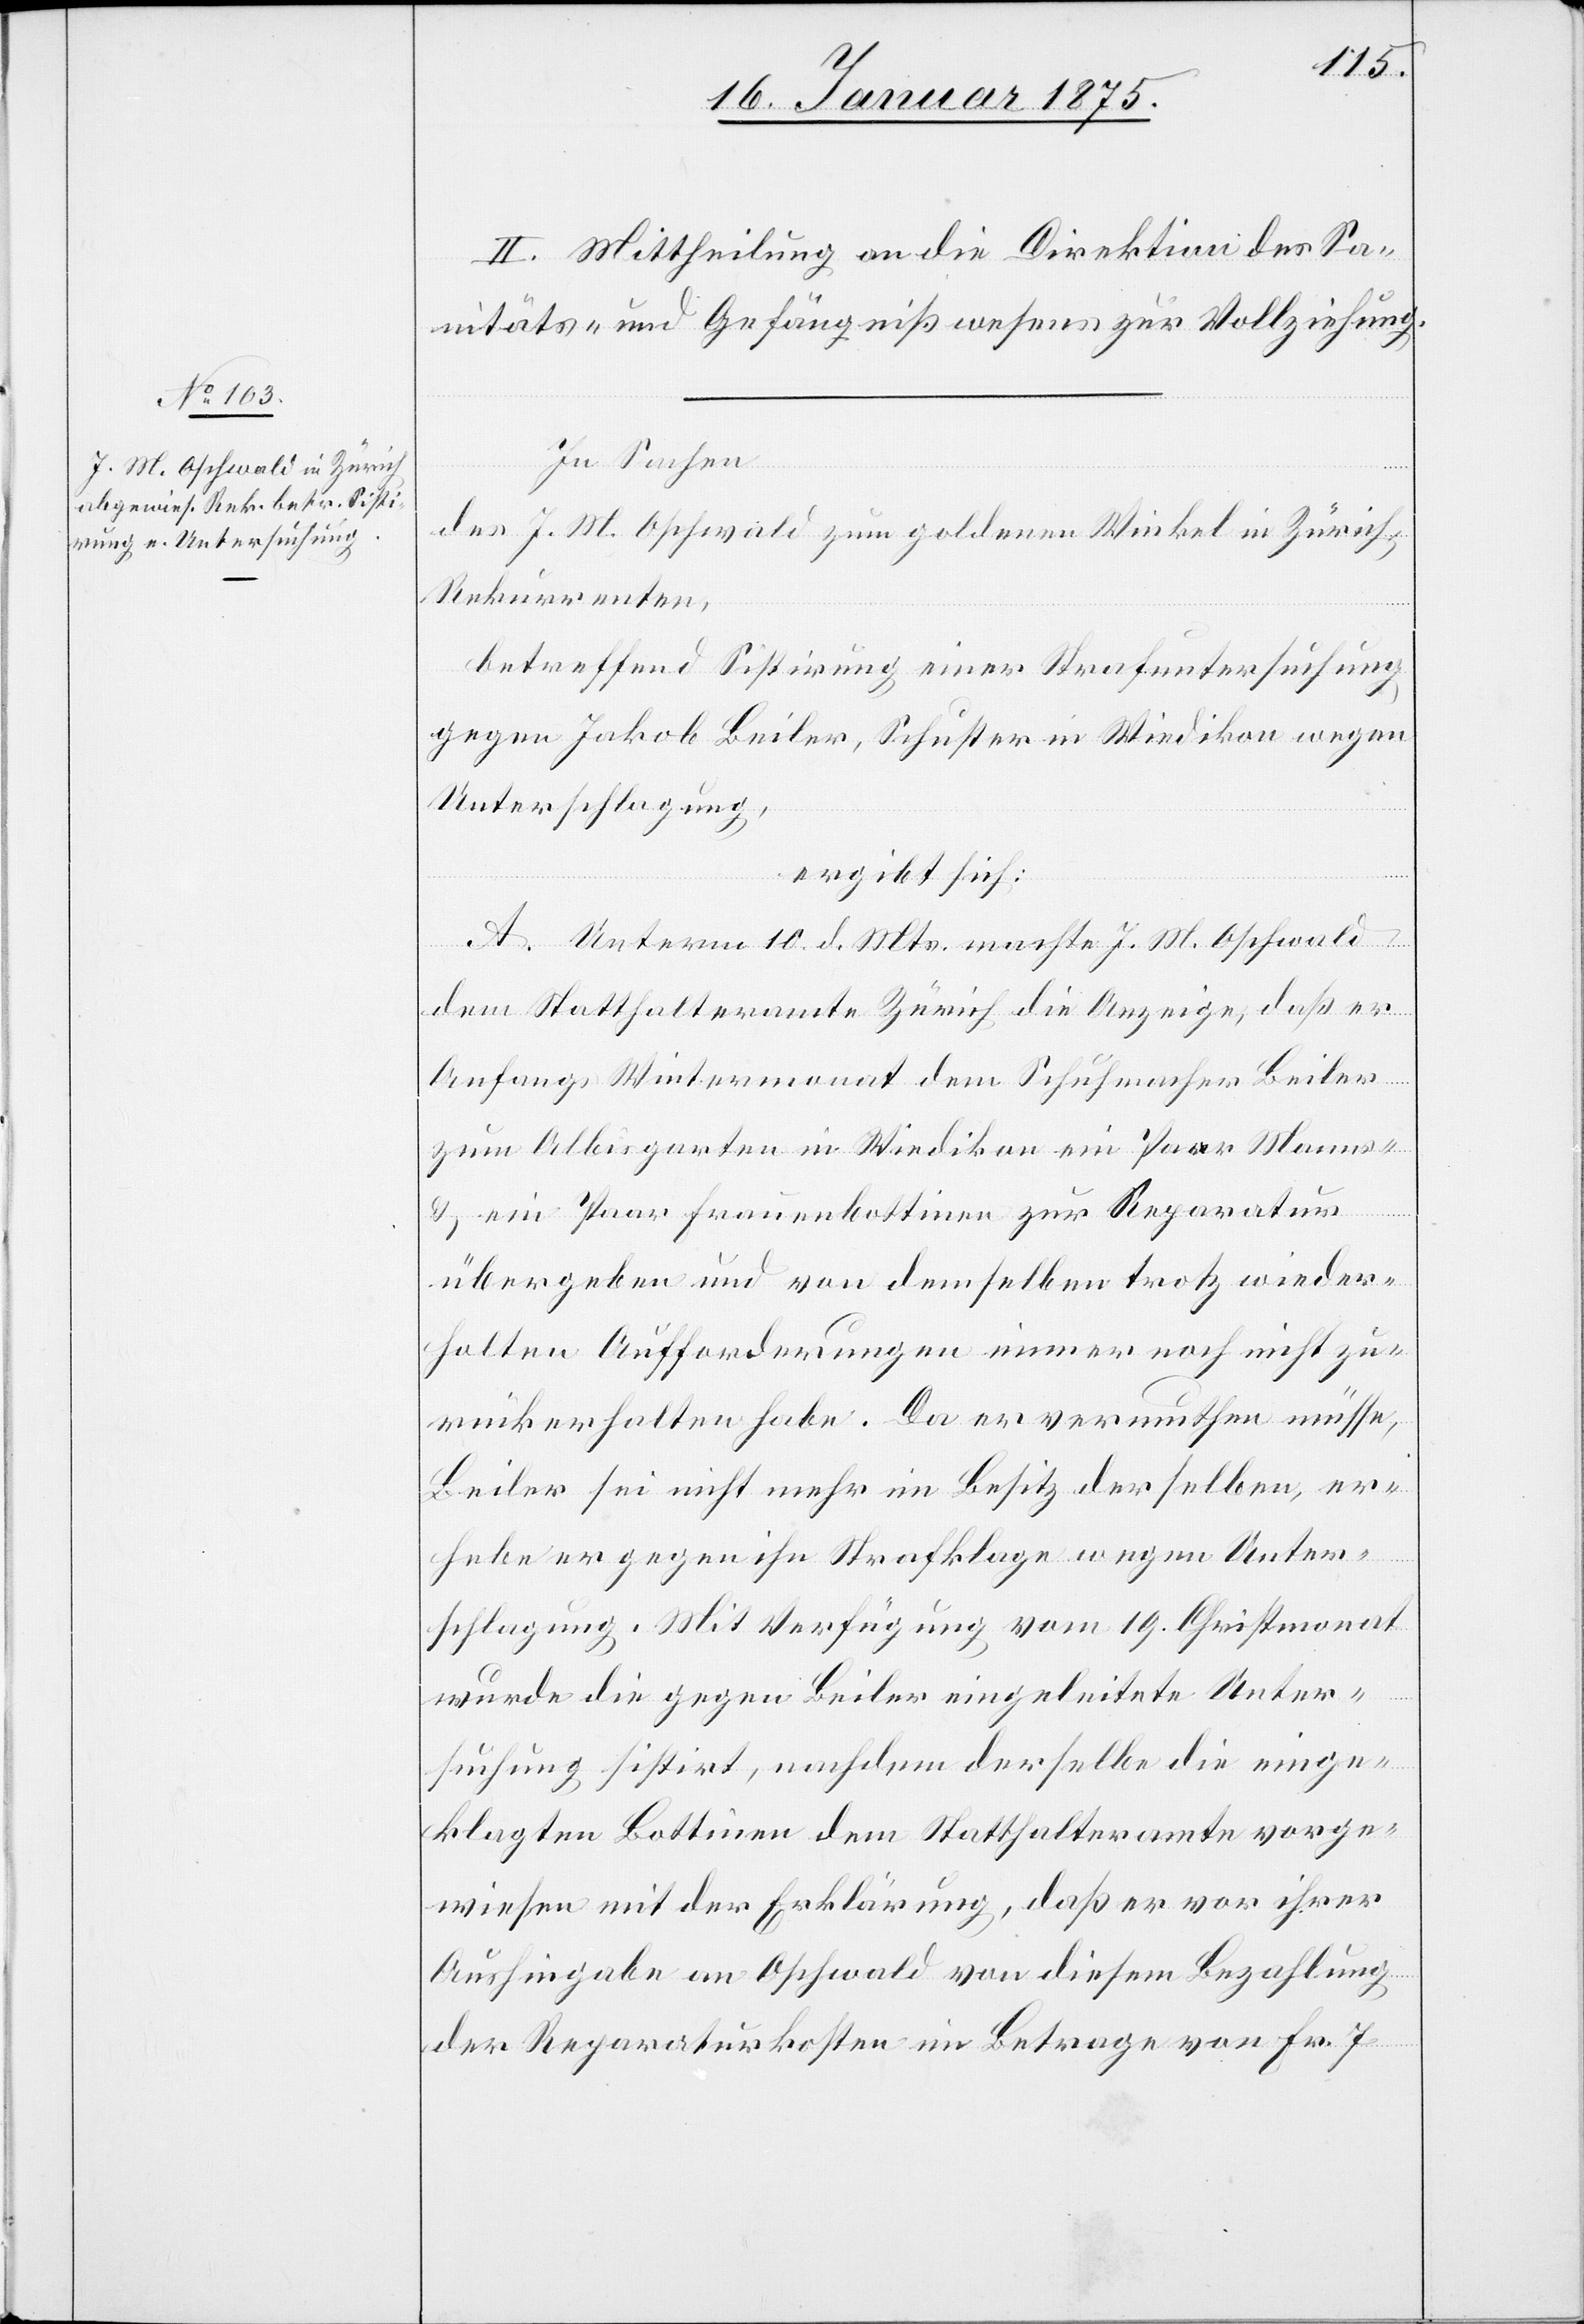
II. Mittheilung an die Direktion des Sa¬
nitäts- und Gefängnißwesens zur Vollziehung.
In Sachen
des J. M. Oschwald zum goldenen Winkel in Zürich,
Rekurrenten,
betreffend Sistirung einer Strafuntersuchung
gegen Jakob Beiler, Schuster in Wiedikon wegen
Unterschlagung,
ergibt sich:
A. Unterm 10. d. Mts. machte J. M. Oschwald
dem Statthalteramte Zürich die Anzeige, daß er
Anfangs Wintermonat dem Schuhmacher Beiler
zum Albisgarten in Wiedikon ein Paar Manns-
& ein Paar Frauenbottinen zur Reparatur
übergeben und von demselben trotz wieder¬
holten Aufforderungen immer noch nicht zu¬
rückerhalten habe. Da er vermuthen müsse,
Beiler sei nicht mehr im Besitz derselben, er¬
hebe er gegen ihn Strafklage wegen Unter¬
schlagung. Mit Verfügung vom 19. Christmonat
wurde die gegen Beiler eingeleitete Unter¬
suchung sistirt, nachdem derselbe die einge¬
klagten Bottinen dem Statthalteramte vorge¬
wiesen mit der Erklärung, daß er vor ihrer
Aushingabe an Oschwald von diesem Bezahlung
der Reparaturkosten im Betrage von Fr. 7